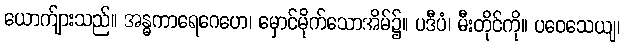
ယောက်ျားသည်။ အန္ဓကာရေဂေဟေ၊ မှောင်မိုက်သောအိမ်၌။ ပဒီပံ၊ မီးတိုင်ကို။ ပဝေသေယျ၊